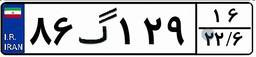
۸۶گ۱۲۹۱۶